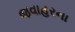
જવાહરના